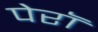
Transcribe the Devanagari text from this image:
पेरॉ